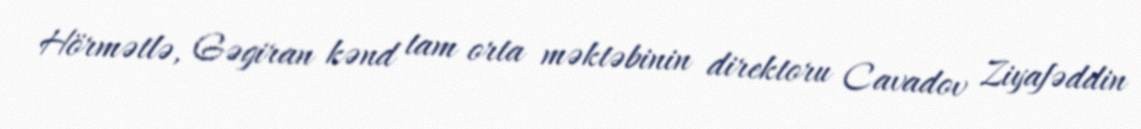
Hörmətlə, Gəgiran kənd tam orta məktəbinin direktoru Cavadov Ziyafəddin